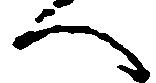
へ